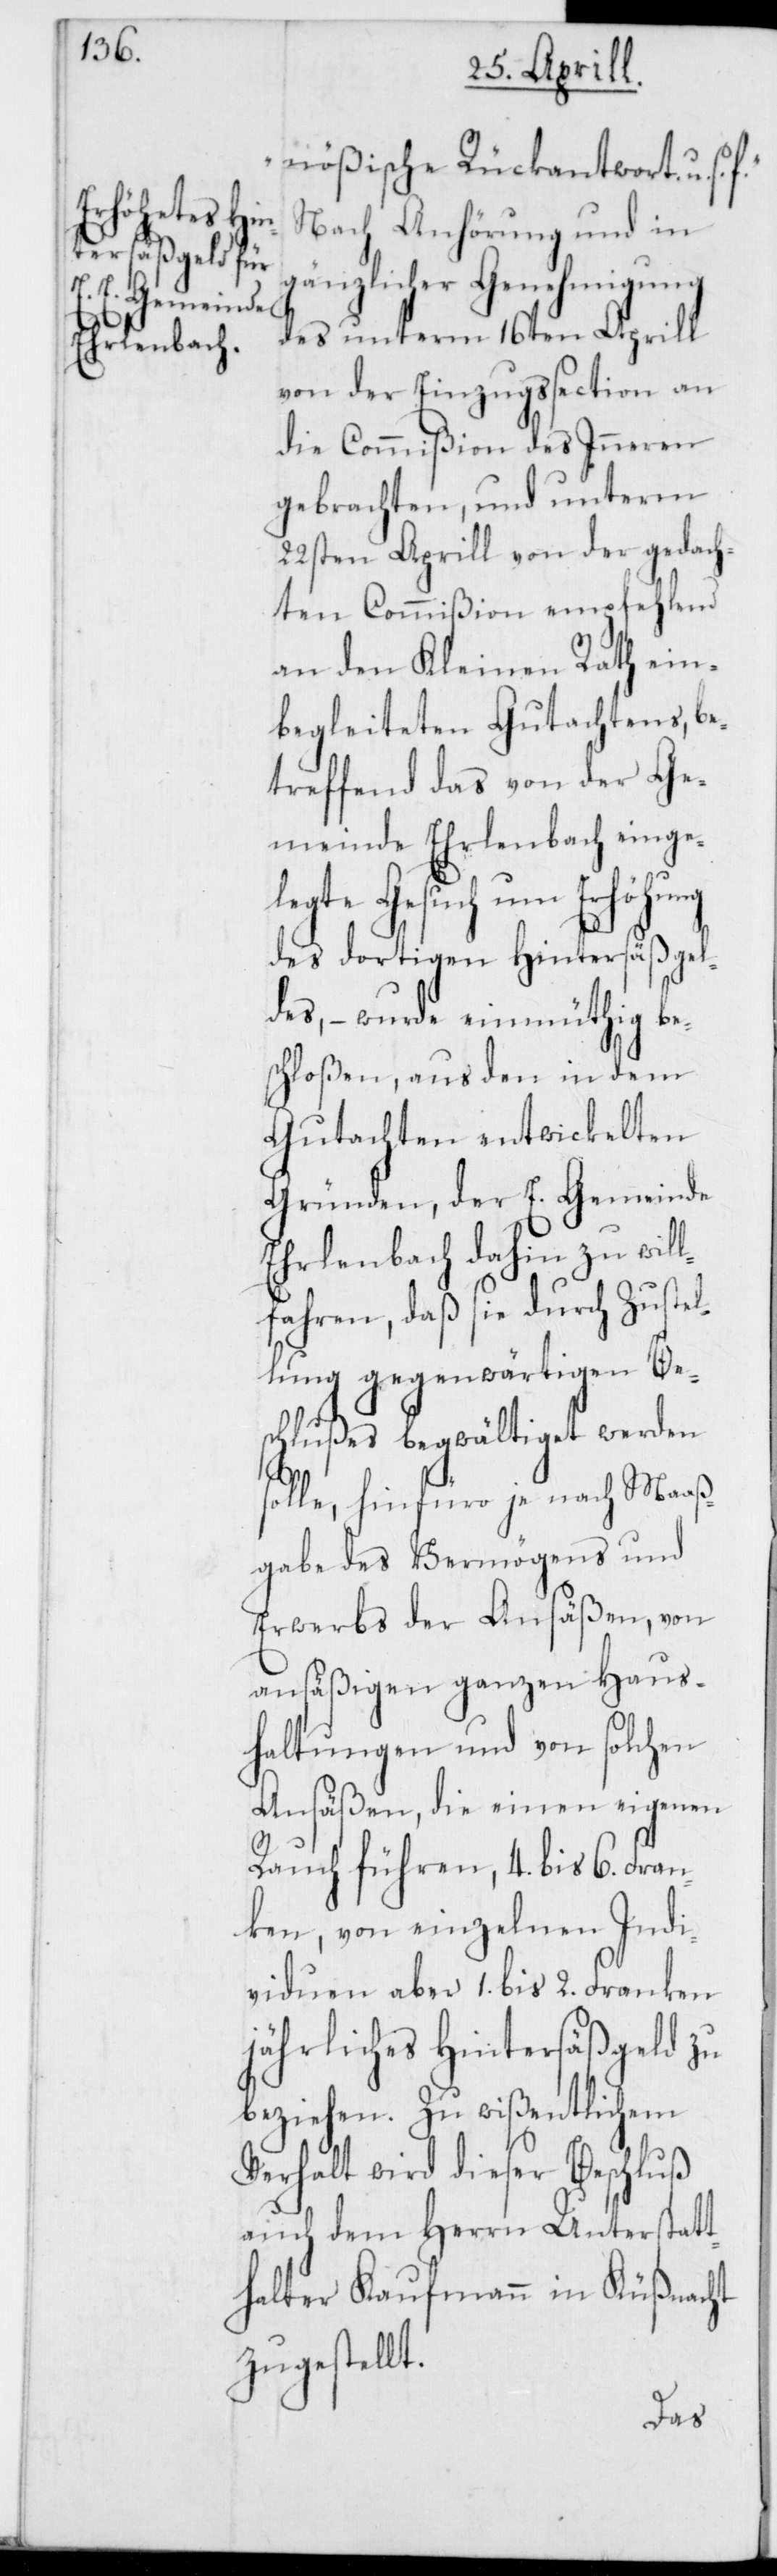
nößische Rückantwort u. s.
Nach Anhörung und in
gänzlicher Genehmigung
des unterm 16ten Aprill
von der Einzugssection an
die Commißion des Inneren
gebrachten, und unterm
22sten Aprill von der gedach¬
ten Commißion empfehlend
an den Kleinen Rath ein¬
begleiteten Gutachtens, be¬
treffend das von der Ge¬
meinde Ehrlenbach einge¬
legte Gesuch um Erhöhung
des dortigen Hintersäßgel¬
des, – wurde einmüthig be¬
schloßen, aus den in dem
Gutachten entwickelten
Gründen, der E. Gemeinde
Ehrlenbach dahin zu will¬
fahren, daß sie durch Zustel¬
lung gegenwärtigen Be¬
schlußes begwältiget werden
solle, hinfüro je nach Maaß¬
gabe des Vermögens und
Erwerbs der Ansäßen, von
ansäßigen ganzen Haus¬
haltungen und von solchen
Ansäßen, die einen eigenen
Rauch führen, 4. bis 6. Fran¬
ken, von einzelnen Indi¬
viduen aber 1. bis 2. Franken
jährliches Hintersäßgeld zu
beziehen. Zu wißentlichem
Verhalt wird dieser Beschluß
auch dem Herrn Unterstatt¬
halter Kaufmann in Küsnacht
zugestellt.